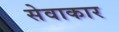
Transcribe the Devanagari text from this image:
सेवाकार